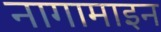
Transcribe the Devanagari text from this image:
नागामाइन